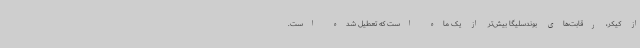
از کیکر، رقابت‌های بوندسلیگا بیش‌تر از یک ماه است که تعطیل شده است.